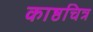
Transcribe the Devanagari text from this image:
काष्ठचित्र